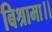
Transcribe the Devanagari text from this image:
बिश्रामा।।